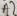
Text: A7